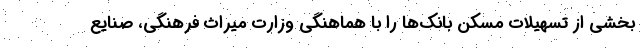
بخشی از تسهیلات مسکن بانک‌ها را با هماهنگی وزارت میراث فرهنگی، صنایع